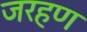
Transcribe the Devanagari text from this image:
जरहण